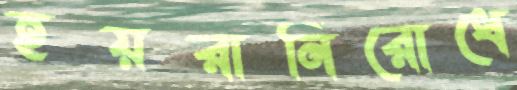
হয়রানিরোধে